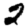
Digit: 2